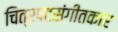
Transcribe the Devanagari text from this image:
चित्रपटसंगीतकार